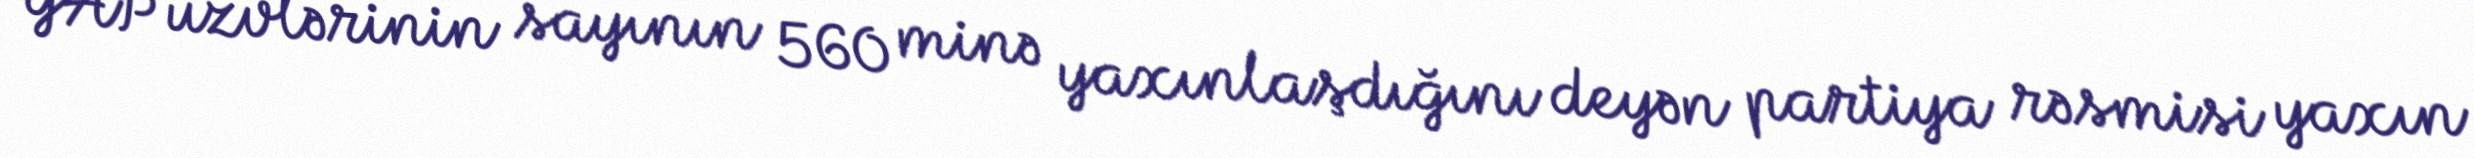
YAP üzvlərinin sayının 560 minə yaxınlaşdığını deyən partiya rəsmisi yaxın